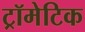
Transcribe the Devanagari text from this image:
ट्रॉमेटिक